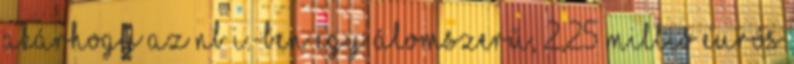
akárhogy Az NB I.-ben egy álomszerű, 2,25 millió eurós